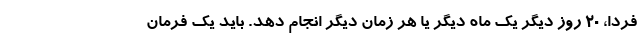
فردا، ۲۰ روز دیگر یک ماه دیگر یا هر زمان دیگر انجام دهد. باید یک فرمان